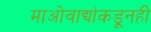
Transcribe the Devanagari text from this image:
माओवाद्यांकडूनही